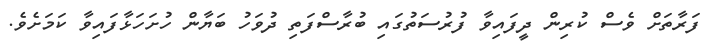
ފަރާތަށް ވެސް ކުރިން ދީފައިވާ ފުރުސަތުގައި ބުރާސްފަތި ދުވަހު ބަޔާން ހުށަހަޅާފައިވާ ކަމަށެވެ.